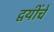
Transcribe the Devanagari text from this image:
द्वयींचे